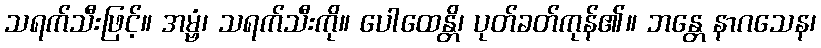
သရက်သီးဖြင့်။ အမ္ဗံ၊ သရက်သီးကို။ ပေါထေန္တိ၊ ပုတ်ခတ်ကုန်၏။ ဘန္တေ နာဂသေန၊